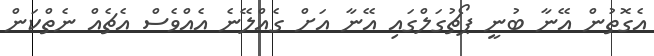
އެގޮތުން އޭނާ ބުނީ ޕޯޗުގަލްގައި އޭނާ އަށް ގެއްލޭނެ އެއްވެސް އެޗެއް ނެތްކަން